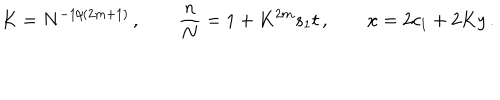
K = N ^ { - 1 / ( 2 m + 1 ) } \, , \qquad \frac { n } { N } = 1 + K ^ { 2 m } s _ { 1 } t \, , \qquad x = 2 c _ { 1 } + 2 K y \, .